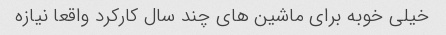
خیلی خوبه برای ماشین های چند سال کارکرد واقعا نیازه